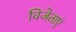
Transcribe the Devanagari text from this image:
विजेताएं